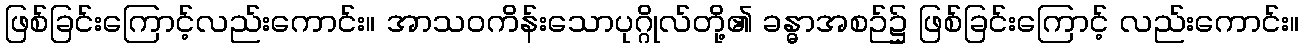
ဖြစ်ခြင်းကြောင့်လည်းကောင်း။ အာသဝကိန်းသောပုဂ္ဂိုလ်တို့၏ ခန္ဓာအစဉ်၌ ဖြစ်ခြင်းကြောင့် လည်းကောင်း။